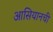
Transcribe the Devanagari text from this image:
आसियानची